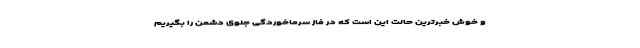
و خوش خبرترین حالت این است که در فاز سرماخوردگی جلوی دشمن را بگیریم